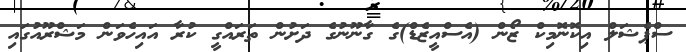
ސްޕެޝަލް އިކޮނޮމިކް ޒޯން (އެސްއީޒެޑް)ގެ ގާނޫނުގެ ދަށުން ތަރައްގީ ކުރާ އައިހެވަން މަަޝްރޫއުގައި